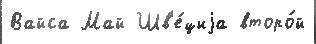
Вайса Май Шв'е́циjа второ́й